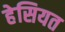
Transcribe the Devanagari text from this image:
हेसियत